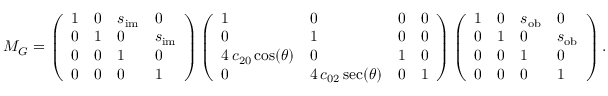
M _ { G } = \left( \begin{array} { l l l l } { 1 } & { 0 } & { s _ { \mathrm { i m } } } & { 0 } \\ { 0 } & { 1 } & { 0 } & { s _ { \mathrm { i m } } } \\ { 0 } & { 0 } & { 1 } & { 0 } \\ { 0 } & { 0 } & { 0 } & { 1 } \end{array} \right) \left( \begin{array} { l l l l } { 1 } & { 0 } & { 0 } & { 0 } \\ { 0 } & { 1 } & { 0 } & { 0 } \\ { 4 \, c _ { 2 0 } \cos ( \theta ) } & { 0 } & { 1 } & { 0 } \\ { 0 } & { 4 \, c _ { 0 2 } \sec ( \theta ) } & { 0 } & { 1 } \end{array} \right) \left( \begin{array} { l l l l } { 1 } & { 0 } & { s _ { \mathrm { o b } } } & { 0 } \\ { 0 } & { 1 } & { 0 } & { s _ { \mathrm { o b } } } \\ { 0 } & { 0 } & { 1 } & { 0 } \\ { 0 } & { 0 } & { 0 } & { 1 } \end{array} \right) .